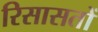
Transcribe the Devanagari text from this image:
रिसासतों